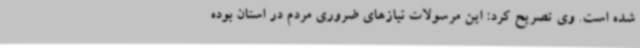
شده است. وی تصریح کرد: این مرسولات نیازهای ضروری مردم در استان بوده